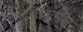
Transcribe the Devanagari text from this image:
इतिवृत्मक